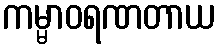
ကမ္မာဝရဏတာယ